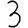
Digit: 3